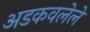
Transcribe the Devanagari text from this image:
अडकवलेले